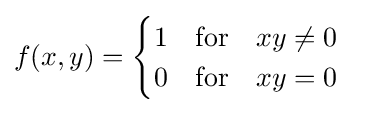
f(x,y)={\begin{cases}1\quad {\text{for}}\quad xy\neq 0\\0\quad {\text{for}}\quad xy=0\end{cases}}